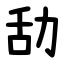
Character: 㔚